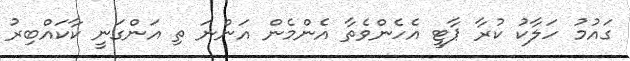
ގައުމު ހަލާކު ކުރާ ޕާޓީ އެހެންވެތާ އެންމެން އަންނަ ތި އަންގަނީ ކާކައްބިރު